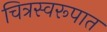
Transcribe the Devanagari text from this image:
चित्रस्वरूपात